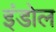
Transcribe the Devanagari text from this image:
इंडोल